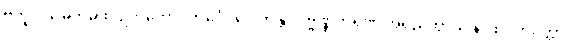
ဗဘူဝ သမ္ပကမ္ပထ ဥဘတောဝိဘင်္ဂေါ ဝေါက္ကန္တာ ဒုဗ္ဗဏ္ဏကရဏံ အရညတ္ထာယ နာထပ္ပဘဝတ္တာ